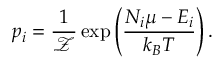
p _ { i } = { \frac { 1 } { \mathcal { Z } } } \exp \left( { \frac { N _ { i } \mu - E _ { i } } { k _ { B } T } } \right) .